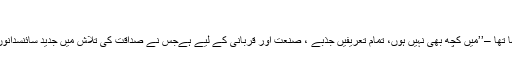
‘‘
معزز باپو نے یہ بھی کہا تھا –’’میں کچھ بھی نہیں ہوں، تمام تعریفیں جذبے ، صنعت اور قربانی کے لیے ہےجس نے صداقت کی تلاش میں جدید سائنسدانوں کو متحرک کر دیا ہے۔